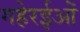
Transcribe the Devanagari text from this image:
गहेरईओं